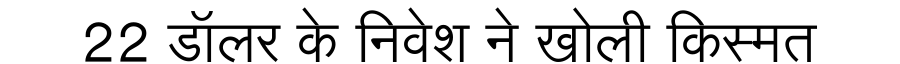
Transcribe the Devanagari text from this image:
22 डॉलर के निवेश ने खोली किस्मत